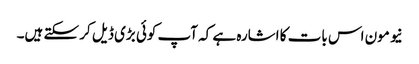
نیو مون اس بات کا اشارہ ہے کہ آپ کوئی بڑی ڈیل کر سکتے ہیں۔